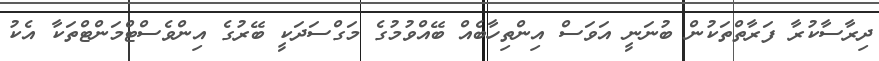
ދިރާސާކުރާ ފަރާތްތަކުން ބުނަނީ އަވަސް އިންތިހާބެއް ބޭއްވުމުގެ މަގްސަދަކީ ބޭރުުގެ އިންވެސްޓްމަންޓްތަކާ އެކު